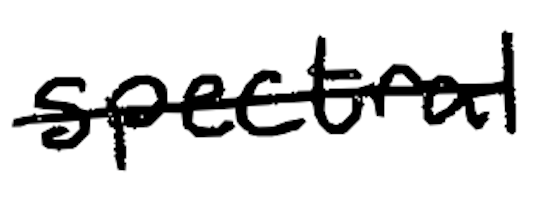
Text: spectral
Cross-out: single-line
Writing tool: digital_black